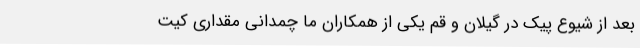
بعد از شیوع پیک در گیلان و قم یکی از همکاران ما چمدانی مقداری کیت